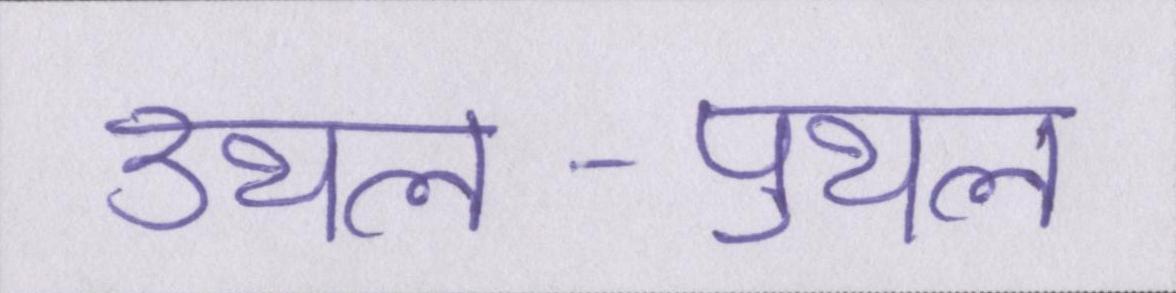
उथल-पुथल